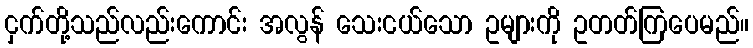
ငှက်တို့သည်လည်းကောင်း အလွန် သေးငယ်သော ဥများကို ဥတတ်ကြပေမည်။